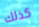
كذلك